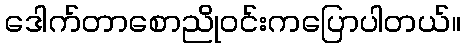
ဒေါက်တာစောညိုဝင်းကပြောပါတယ်။